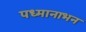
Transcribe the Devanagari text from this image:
पध्मानाभन